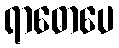
ရာဓောပေ